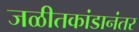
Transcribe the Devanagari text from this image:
जळीतकांडानंतर